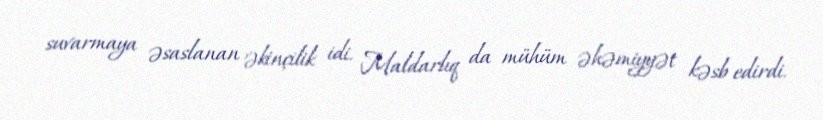
suvarmaya əsaslanan əkinçilik idi. Maldarlıq da mühüm əhəmiyyət kəsb edirdi.